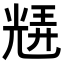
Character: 𭀮